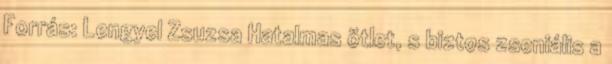
Forrás: Lengyel Zsuzsa Hatalmas ötlet, s biztos zseniális a